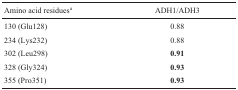
| Amino acid residuesa | ADH1/ADH3 |
 | --- | --- |
 | 130 (Glu128) | 0.88 |
 | 234 (Lys232) | 0.88 |
 | 302 (Leu298) | 0.91 |
 | 328 (Gly324) | 0.93 |
 | 355 (Pro351) | 0.93 |